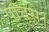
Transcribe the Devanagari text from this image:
पात्तुसे।